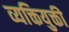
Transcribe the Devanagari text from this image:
व्यक्तियुक्ती